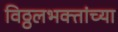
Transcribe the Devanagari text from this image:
विठ्ठलभक्तांच्या